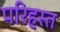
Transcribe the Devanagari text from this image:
परिहस्त